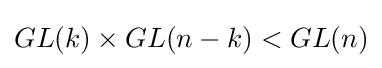
GL(k)\times GL(n-k)<GL(n)